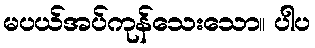
မပယ်အပ်ကုန်သေးသော။ ပါပ